Medical and sanitary report of the native army of Bengal for the year
Year: 1875
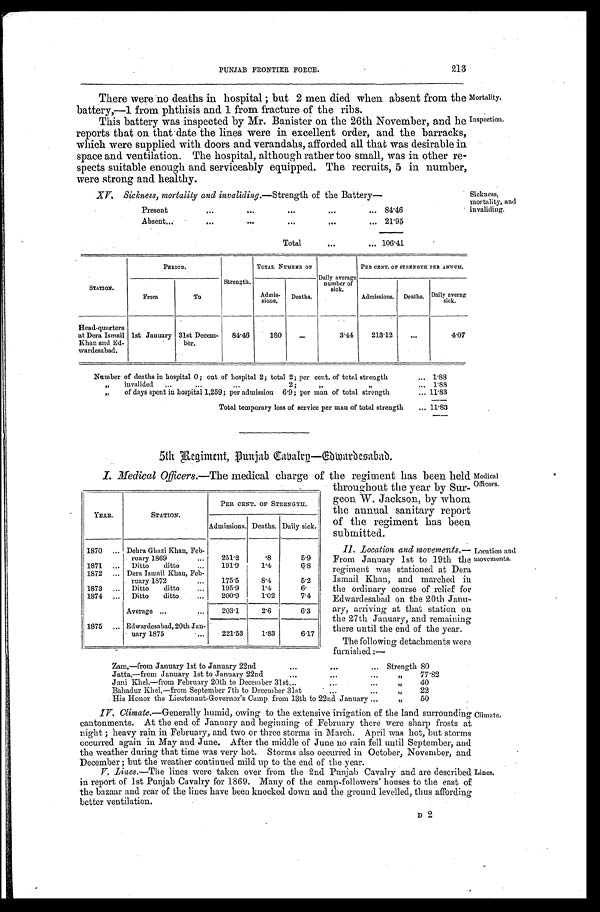
Mortality.
Inspection.
XV, Sickness, mortality and invaliding.—Strength of the Battery—
Present
8 4 . 4 6
Absent
21.95
Total
106.41
Sickness,
mortality, and
invaliding.
PUNJAB FRONTIER FORCE.
213
There were no deaths in hospital; but 2 men died when absent from the
battery,—1 from phthisis and 1 from fracture of the ribs.
This battery was inspected by Mr. Banister on the 26th November, and he
reports that on that date the lines were in excellent order, and the barracks,
which were supplied with doors and verandahs, afforded all that was desirable in
space and ventilation. The hospital, although rather too small, was in other re-
-spects suitable enough and serviceably equipped. The recruits, 5 in number,
were strong and healthy.
STATION.
PERIOD.
Strength.
TOTAL NUMBER O F
Daily average
number of
sick.
PER CENT. OF STRENGTH PER ANNUM.
From
To
Admis
-sions. Deaths.
Admissions. Deaths. Daily averag
sick.
Head-quarters
at Dera Ismail
Khan and Ed-
wardesabad.
1st January 31st Decem-
ber.
84.46
180
...
3.44
213.12
...
4.07
Number of deaths in hospital 0; out of hospital 2; total 2; per cent. of total strength
1.88
" i n v a l i d e d 2 ; " " 1.88
"
of days spent in hospital 1,259; per admission 6.9; per man of total strength
11.83
Total temporary loss of service per man of total strength
11.83
5th Regiment, Punjab Cabalry—Edwardesbad.
I. Medical Officers.—The medical charge of the regiment has been held
throughout the year by Sur-
geon W. Jackson, by whom
the annual sanitary report
of the regiment has been
submitted.
II. Location and movements.—
From January 1st to 19th the
regiment was stationed at Dera
Ismail Khan, and marched in
the ordinary course of relief for
Edwardesabad on the 20th Janu-
- a r y , a r r i v i n g a t t h a t s t a t i o n o n
the 27th January, and remaining
there until the end of the year.
The following detachments were
furnished:—
Zam,—from January 1st to January 22nd
Strength 80
Jatta,—from January 1st to January 22nd
"
77.82
Jani Khel,—from February 20th to December 31st
"
40
Bahadur Khel,—from September 7th to December 31st
"
22
His Honor the Lieutenant-Governor's Camp from 13th to 22nd January
"
50
IV. Climate.—Generally humid, owing to the extensive irrigation of the land surrounding
cantonments. At the end of January and beginning of February there were sharp frosts at
night; heavy rain in February, and two or three storms in March. April was hot, but storms
occurred again in May and June. After the middle of June no rain fell until September, and
the weather during that time was very hot. Storms also occurred in October, November, and
December; but the weather continued mild up to the end of the year.
V. Lines.—The lines were taken over -from the 2nd Punjab Cavalry and are described.
in report of 1st Punjab Cavalry for 1869. Many of the camp-followers' houses to the east of
the bazaar and rear of the lines have been knocked down and the ground levelled, thus affording
better ventilation.
YEAR.
STATION.
PER CENT. OF STRENGTH.
Admissions. Deaths. Daily sick.
1870
Dehra Ghazi Khan, Feb-
ruary 1869
251.2
. 8
5.9
1871
Ditto
ditto
191.9
1.4
6.8
1872
Dera Ismail Khan, Feb-ruary 1872
175.5
8.4
5.2
1873
Ditto
ditto
195.9
1.4
6.
1874
Ditto
ditto
200.9
1.02
7.4
Average
203.1
2.6
6.3
1875
Edwardesabad, 20th Jan-
nary 1875
221.53
1.83
6.17
Medical
Officers.
Location and
movements.
Climate.
L
Lines.. 2